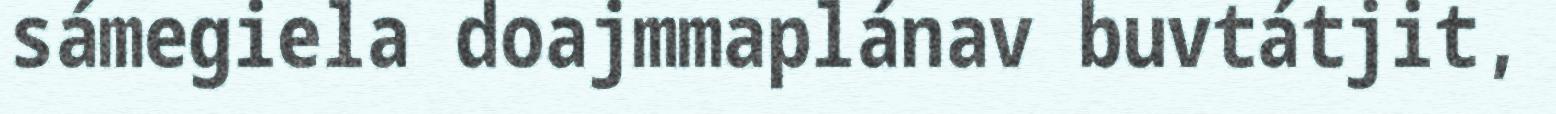
sámegiela doajmmaplánav buvtátjit,